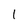
Character: 1